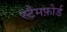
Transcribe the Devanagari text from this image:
स्टैमफ़ोर्ड